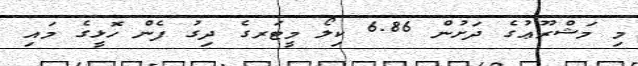
މި މަޝްރޫޢުގެ ދަށުން 6.86 ކިލޯ މީޓަރގެ ދިގު ފެން ހޮޅީގެ މައި